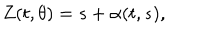
Z ( t , \theta ) = s + \alpha ( t , s ) ,